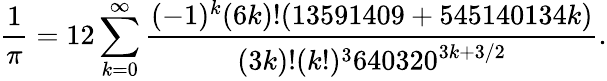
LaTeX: {\frac{1}{\pi}}=12\sum_{k=0}^{\infty}{\frac{(-1)^{k}(6k)!(13591409+545140134k)}{(3k)!(k!)^{3}640320^{3k+3/2}}}.